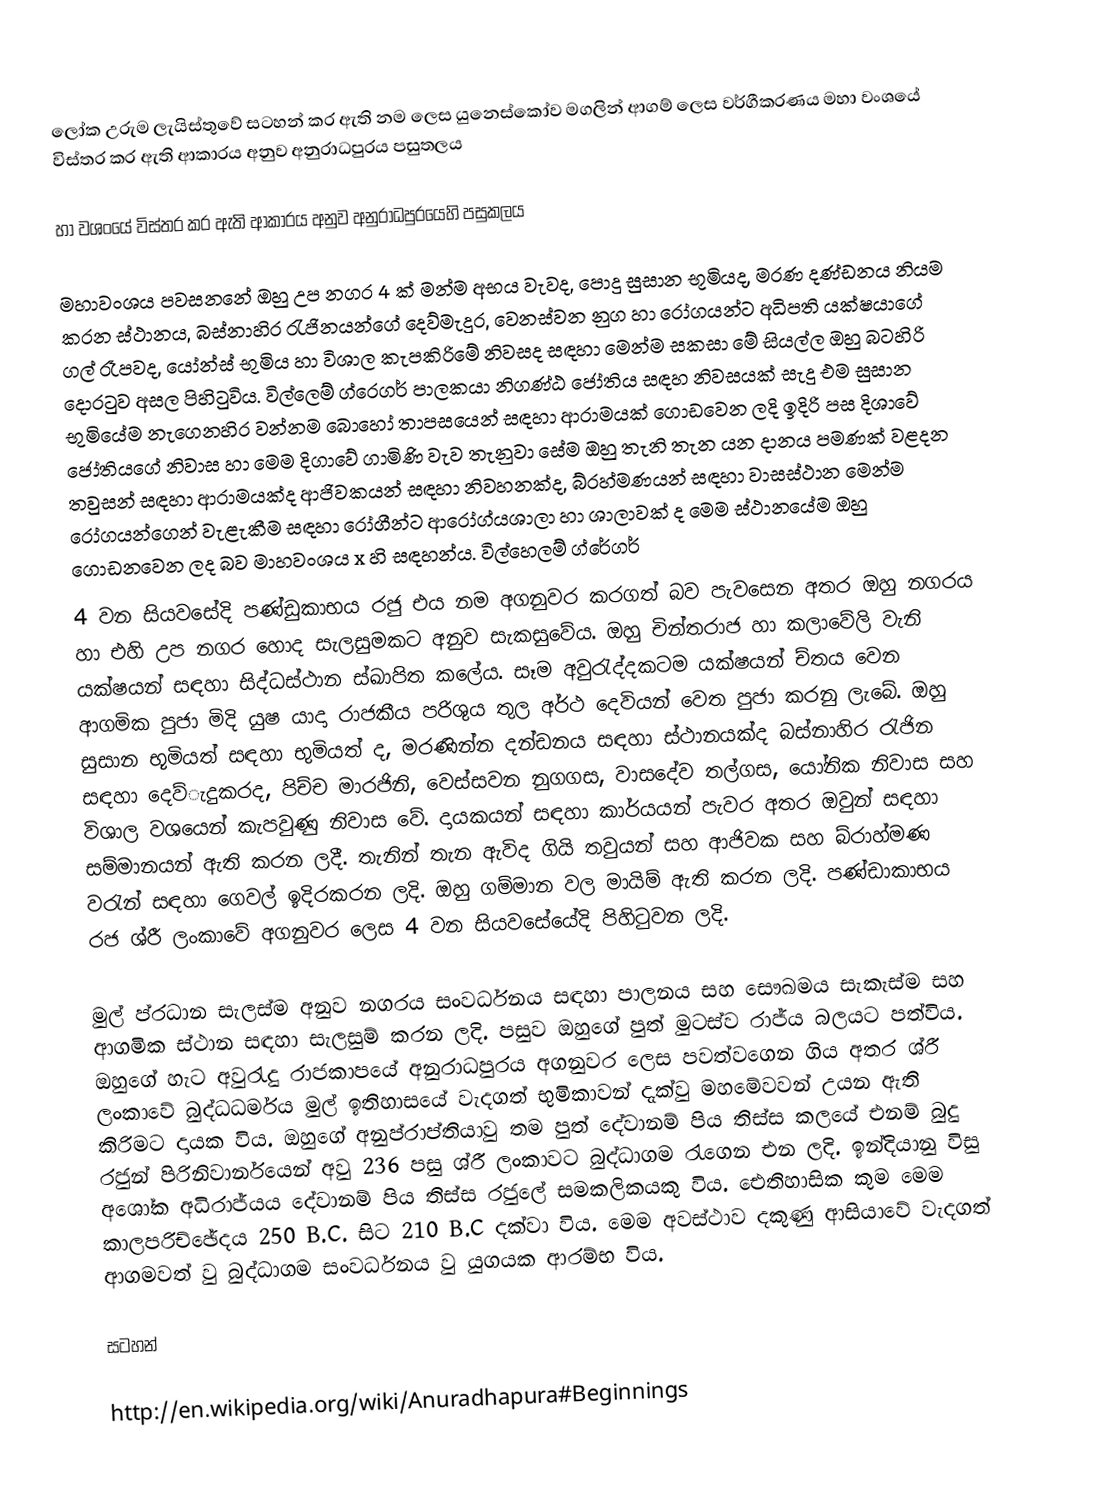
ලෝක උරුම ලැයිස්තුවේ සටහන් කර ඇති නම ලෙස යුනෙස්කෝව මගලින් ආගම් ලෙස වර්ගීකරණය මහා වංශයේ විස්තර කර ඇති ආකාරය අනුව අනුරාධපුරය පසුතලය

හා වශංයේ විස්තර කර ඇති ආකාරය අනුව අනුරාධපුරයෙහි පසුකලය

මහාවංශය පවසනනේ ඔහු උප නගර 4 ක් මන්ම අභය වැවද, පොදු සුසාන භූමියද, මරණ දණ්ඩනය නියම කරන ස්ථානය, බස්නාහිර රැජිනයන්ගේ දෙව්මැදුර, වෙනස්වන නුග හා රෝගයන්ට අධිපති යක්ෂයාගේ ගල් රෑපවද, යෝන්ස් භුමිය හා විශාල කැපකිරිමේ නිවසද සඳහා මෙන්ම සකසා මේ සියල්ල ඔහු බටහිරි දොරටුව අසල පිහිටුවිය. විල්ලෙම් ග්රෙගර් පාලකයා නිගණ්ඨ ජෝතිය සඳහ නිවසයක් සැදු එම සුසාන භුමියේම නැගෙනහිර වන්නම බොහෝ තාපසයෙන් සඳහා ආරාමයක් ගොඩවෙන ලදි ඉදිරි පස දිශාවේ ජෝතියගේ නිවාස හා මෙම දිගාවේ ගාමිණි වැව තැනුවා සේම ඔහු තැනි තැන යන දානය පමණක් වළදන තවුසන් සඳහා ආරාමයක්ද ආජිවකයන් සඳහා නිවහනක්ද, බ්රහ්මණයන් සඳහා වාසස්ථාන මෙන්ම රෝගයන්ගෙන් වැළැකීම සඳහා රෝගීන්ට ආරෝග්යශාලා හා ශාලාවක් ද මෙම ස්ථානයේම ඔහු ගොඩනවෙන ලද බව මාහවංශය x හි සඳහන්ය. විල්හෙලම් ග්රේගර්
4 වන සියවසේදි පණ්ඩුකාභය රජු එය නම අගනුවර කරගත් බව පැවසෙන අතර ඔහු නගරය හා එහි උප නගර හොද සැලසුමකට අනුව සැකසුවේය. ඔහු චින්තරාජ හා කලාවේලි වැනි යක්ෂයන් සඳහා සිද්ධස්ථාන ස්ඛාපිත කලේය. සෑම අවුරැද්දකටම යක්ෂයන් ච්තය වෙන ආගමික පුජා මිදි යුෂ යාදා රාජකීය පරිශුය තුල අර්ථ දෙවියන් වෙත පුජා කරනු ලැබේ. ඔහු සුසාන භූමියත් සඳහා භුමියත් ද, මරණින්න දන්ඩනය සඳහා ස්ථානයක්ද බස්නාහිර රැජින සඳහා දෙව්ැදුකරද, පිච්ච මාරජිනි, වෙස්සවන නුගගස, වාසදේව තල්ගස, යෝනික නිවාස සහ විශාල වශයෙන් කැපවුණු නිවාස වේ. දායකයන් සඳහා කාර්යයන් පැවර අතර ඔවුන් සඳහා සම්මානයන් ඇති කරන ලදී. තැනින් තැන ඇවිද ගියි තවුයන් සහ ආජිවක සහ බ්රාහ්මණ වරැන් සඳහා ගෙවල් ඉදිරකරන ලදි. ඔහු ගම්මාන වල මායිම් ඇති කරන ලදි. පණ්ඩාකාභය රජ ශ්රී ලංකාවේ අගනුවර ලෙස 4 වන සියවසේයේදි පිහිටුවන ලදි.

මුල් ප්රධාන සැලස්ම අනුව නගරය සංවර්ධනය සඳහා පාලනය සහ සෞඛමය සැකැස්ම සහ ආගමික ස්ථාන සඳහා සැලසුම් කරන ලදි. පසුව ඔහුගේ පුත් මුටස්ව රාජ්ය බලයට පත්විය. ඔහුගේ හැට අවුරැදු රාජකාපයේ අනුරාධපුරය අගනුවර ලෙස පවත්වගෙන ගිය අතර ශ්රී ලංකාවේ බුද්ධධර්මය මුල් ඉතිහාසයේ වැදගත් භුමිකාවන් දැක්වු මහමේවවන් උයන ඇති කිරිමට දායක විය. ඔහුගේ අනුප්රාප්තියාවු තම පුත් දේවානම් පිය තිස්ස කලයේ එනම් බුදු රජුන් පිරිනිවාර්නයෙන් අවු 236 පසු ශ්රී ලංකාවට බුද්ධාගම රැගෙන එන ලදි. ඉන්දියානු විසු අශෝක අධිරාජ්යය දේවානම් පිය තිස්ස රජුලේ සමකලිකයකු විය. ඓතිහාසික කුම මෙම කාලපරිච්ඡේදය 250 B.C. සිට 210 B.C දක්වා විය. මෙම අවස්ථාව දකුණු ආසියාවේ වැදගත් ආගමවත් වු බුද්ධාගම සංවර්ධනය වු යුගයක ආරම්භ විය.

සටහන්

http://en.wikipedia.org/wiki/Anuradhapura#Beginnings